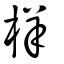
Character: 样